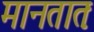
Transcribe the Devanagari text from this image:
मानतातः